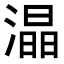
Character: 𭲟